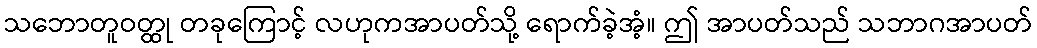
သဘောတူဝတ္ထု တခုကြောင့် လဟုကအာပတ်သို့ ရောက်ခဲ့အံ့။ ဤ အာပတ်သည် သဘာဂအာပတ်